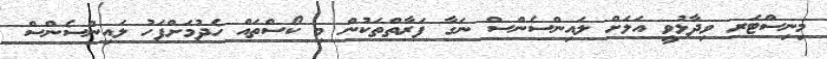
މިނިސްޓަރ ވިދާޅުވީ އަލަށް ލައިންސެންސް ނަގާ ފަރާތްތަކުން މި ކޯސްތައް ހެދުމަށްފަހު ލައިންސެންސް